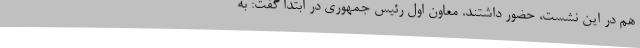
هم در این نشست، حضور داشتند. معاون اول رئیس جمهوری در ابتدا گفت: به